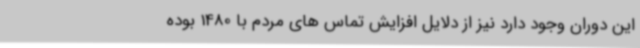
این دوران وجود دارد نیز از دلایل افزایش تماس های مردم با 1480 بوده